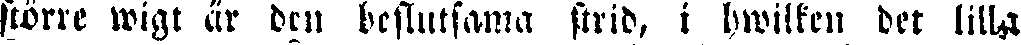
större wigt är den beslutsama strid, i hwilken det lilla